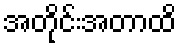
အတိုင်းအတာထိ